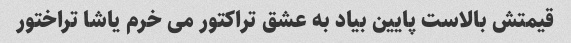
قیمتش بالاست پایین بیاد به عشق تراکتور می خرم یاشا تراختور